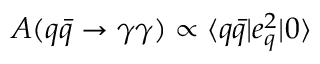
A ( q \bar { q } \to \gamma \gamma ) \propto \langle q \bar { q } | e _ { q } ^ { 2 } | 0 \rangle